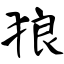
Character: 狼